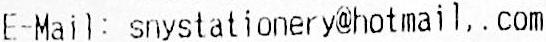
E-MAIL: SNYSTATIONERY@HOTMAIL,.COM